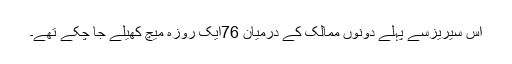
اس سیریزسے پہلے دونوں ممالک کے درمیان 76ایک روزہ میچ کھیلے جا چکے تھے۔